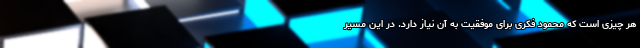
هر چیزی است که محمود فکری برای موفقیت به آن نیاز دارد. در این مسیر